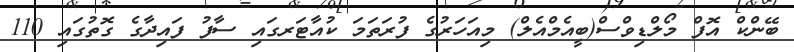
ބޭންކް އޮފް މޯލްޑިވްސް(ބީއެމްއެލް) މިއަހަރުގެ ފުރަތަމަ ކުއާޓަރގައި ސާފު ފައިދާގެ ގޮތުގައި 110